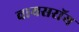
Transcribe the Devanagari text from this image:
वायसराॅय